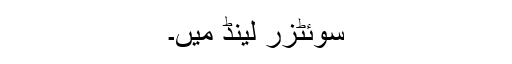
سوئٹزر لینڈ میں۔